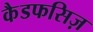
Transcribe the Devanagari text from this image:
कैडफसिज़